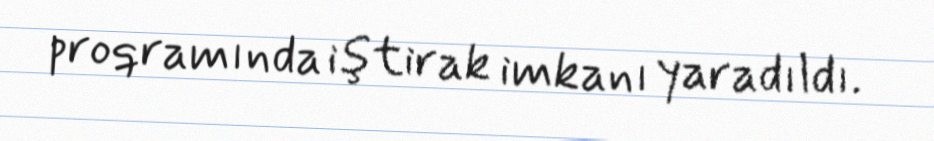
proqramında iştirak imkanı yaradıldı.